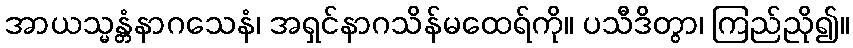
အာယသ္မန္တံနာဂသေနံ၊ အရှင်နာဂသိန်မထေရ်ကို။ ပသီဒိတွာ၊ ကြည်ညို၍။